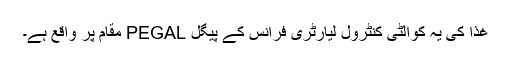
غذا کی یہ کوالٹی کنٹرول لیارٹری فرانس کے پیگل PEGAL مقام پر واقع ہے۔